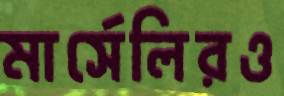
মার্সেলিরও